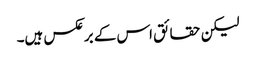
لیکن حقائق اس کے برعکس ہیں۔